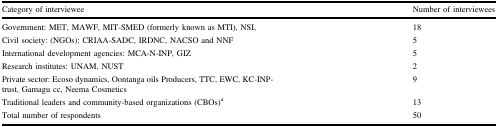
<table><thead><tr><td><b>Category of interviewee</b></td><td><b>Number of interviewees</b></td></tr></thead><tbody><tr><td>Government: MET, MAWF, MIT-SMED (formerly known as MTI), NSI,</td><td>18</td></tr><tr><td>Civil society: (NGOs): CRIAA-SADC, IRDNC, NACSO and NNF</td><td>5</td></tr><tr><td>International development agencies: MCA-N-INP, GIZ</td><td>5</td></tr><tr><td>Research institutes: UNAM, NUST</td><td>2</td></tr><tr><td>Private sector: Ecoso dynamics, Oontanga oils Producers, TTC, EWC, KC-INP-trust, Gamagu cc, Neema Cosmetics</td><td>9</td></tr><tr><td>Traditional leaders and community-based organizations (CBOs)<sup>a</sup></td><td>13</td></tr><tr><td>Total number of respondents</td><td>50</td></tr></tbody></table>